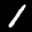
Label: 1